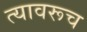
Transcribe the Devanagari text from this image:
त्यावरूच